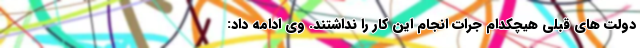
دولت های قبلی هیچکدام جرات انجام این کار را نداشتند. وی ادامه داد: